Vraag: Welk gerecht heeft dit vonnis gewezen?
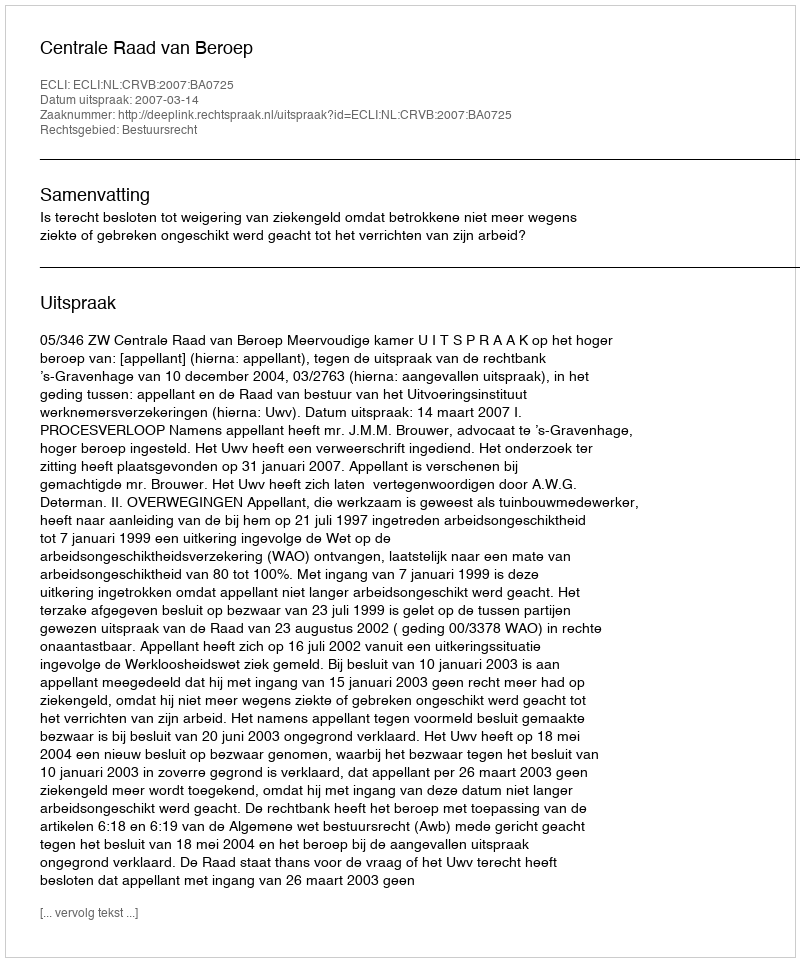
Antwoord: Centrale Raad van Beroep